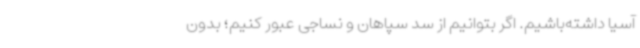
آسیا داشته‌باشیم. اگر بتوانیم از سد سپاهان و نساجی عبور کنیم؛ بدون